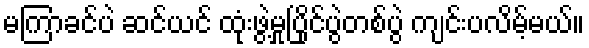
မကြာခင်ပဲ ဆင်ယင် ထုံးဖွဲ့မှုပြိုင်ပွဲတစ်ပွဲ ကျင်းပလိမ့်မယ်။